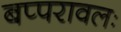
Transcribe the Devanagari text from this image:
बप्परावलः